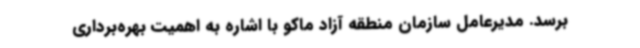
برسد. مدیرعامل سازمان منطقه آزاد ماکو با اشاره به اهمیت بهره‌برداری